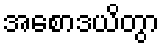
အစောဒယိတွာ